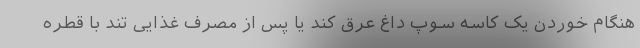
هنگام خوردن یک کاسه سوپ داغ عرق کند یا پس از مصرف غذایی تند با قطره